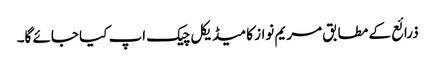
ذرائع کے مطابق مریم نواز کا میڈیکل چیک اپ کیا جائے گا۔